Problem: 4 + 42 = ?
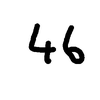
Handwritten answer: 46